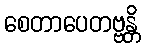
စေတာပေတဗ္ဗန္တိ